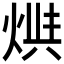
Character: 𤊪